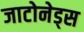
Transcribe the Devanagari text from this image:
जाटोनेड्स